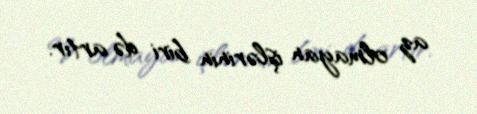
az olmayan işlərinin biri də artır.